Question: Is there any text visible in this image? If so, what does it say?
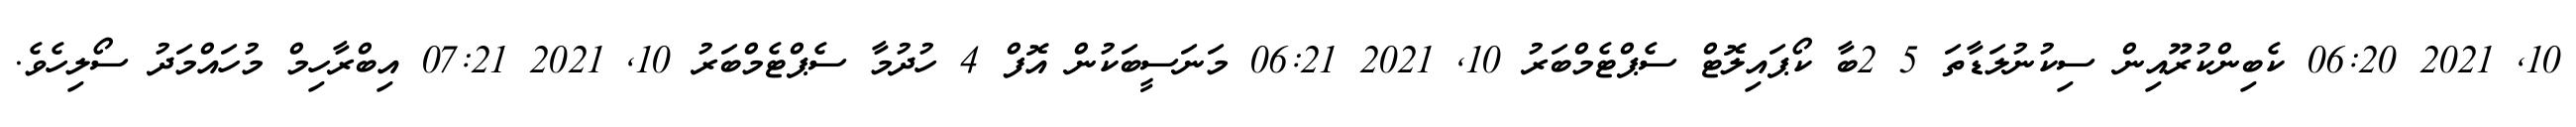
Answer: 10, 2021 06:20 ކެބިންކުރޫއިން ސިކުނުލަޑާތަ 5 2ބާ ކޯޕައިލޮޓް ސެޕްޓެމްބަރު 10, 2021 06:21 މަނަސީބަކުން އޮފް 4 ހުދުމާ ސެޕްޓެމްބަރު 10, 2021 07:21 އިބްރާހިމް މުހައްމަދު ސޯލިހެވެ.